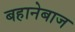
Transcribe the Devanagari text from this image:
बहानेबाज